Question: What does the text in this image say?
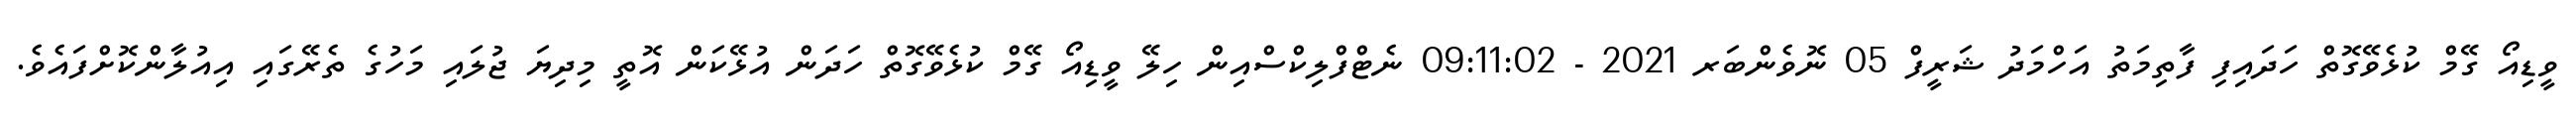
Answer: ވީޑިއޯ ގޭމް ކުޅެވޭގޮތް ހަދައިފި ފާތިމަތު އަހްމަދު ޝަރީފް 05 ނޮވެންބަރ 2021 - 09:11:02 ނެޓްފްލިކްސްއިން ހިލޭ ވީޑިއޯ ގޭމް ކުޅެވޭގޮތް ހަދަން އުޅޭކަން އޮތީ މިދިޔަ ޖުލައި މަހުގެ ތެރޭގައި އިއުލާންކޮށްފައެވެ.